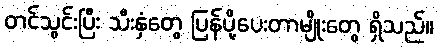
တင်သွင်းပြီး သီးနှံတွေ ပြန်ပို့ပေးတာမျိုးတွေ ရှိသည်။